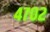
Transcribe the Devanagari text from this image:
४७०२